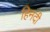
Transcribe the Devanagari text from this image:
हिनदी